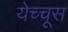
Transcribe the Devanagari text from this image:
येच्चूस